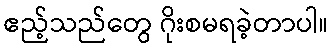
ဧည့်သည်တွေ ဂိုးစမရခဲ့တာပါ။